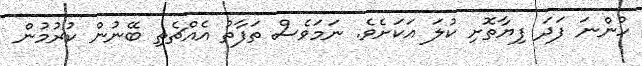
ހުންނަ ފަދަ ފިޔާތޮށި ކުލަ އަކަށެވެ. ނަމަވެސް ތަފާތު އެއްޗެތި ބޭނުން ކުރުމުން